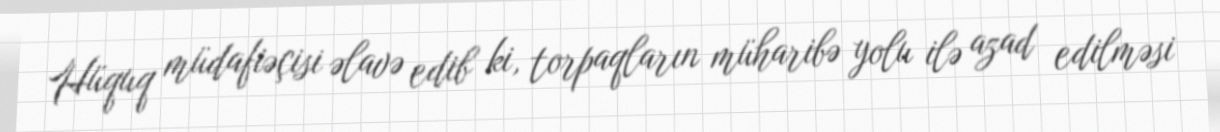
Hüquq müdafiəçisi əlavə edib ki, torpaqların müharibə yolu ilə azad edilməsi